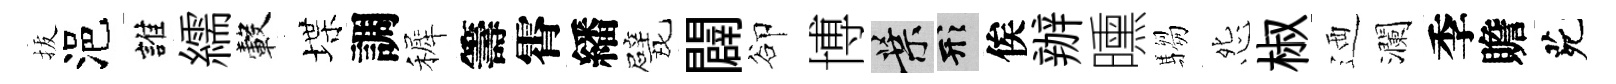
拔浥誰繻轂堞調裤籌霄繙戏闢卻博葉形俟辦曛騶怨椒迺瀾季贍茕